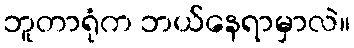
ဘူတာရုံက ဘယ်နေရာမှာလဲ။